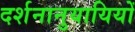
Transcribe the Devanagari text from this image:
दर्शनानुयायियों